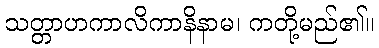
သတ္တာဟကာလိကာနိနာမ၊ ကတို့မည်၏။